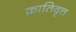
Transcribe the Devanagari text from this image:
क्रातिवृत्त